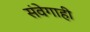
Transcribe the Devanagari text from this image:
संवेगाही